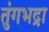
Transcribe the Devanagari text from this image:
तंुगभद्रा